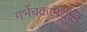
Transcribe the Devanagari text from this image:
गर्भचक्रामधील